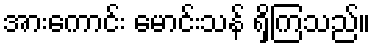
အားကောင်း မောင်းသန် ရှိကြသည်။